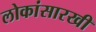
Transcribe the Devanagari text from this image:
लोकांसारखी